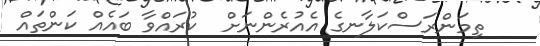
ތިމަންރަސްކަލާނގެ އެއުރެންނަށް  ކުރައްވާ ބައެއް ކަންތައް